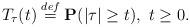
LaTeX: \begin{align*} \ T_{\tau}(t) \stackrel{def}{=} {\bf P} (|\tau| \ge t), \ t \ge 0.\end{align*}